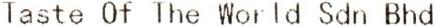
TASTE OF THE WORLD SDN BHD